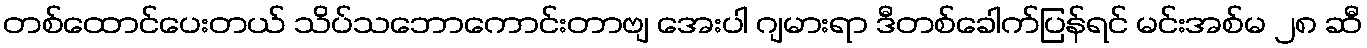
တစ်ထောင်ပေးတယ် သိပ်သဘောကောင်းတာဗျ အေးပါ ဂျမားရာ ဒီတစ်ခေါက်ပြန်ရင် မင်းအစ်မ ၂၈ ဆီ